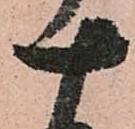
十